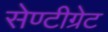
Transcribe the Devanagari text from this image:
सेण्टीग्रेट